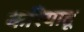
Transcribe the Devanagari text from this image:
करियातू